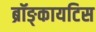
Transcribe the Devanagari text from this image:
ब्रॉङ्कायटिस